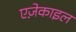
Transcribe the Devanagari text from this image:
एज़ेकाइल